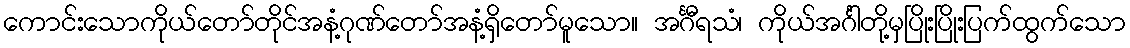
ကောင်းသောကိုယ်တော်တိုင်အနံ့ဂုဏ်တော်အနံ့ရှိတော်မူသော။ အင်္ဂီရသံ၊ ကိုယ်အင်္ဂါတို့မှပြိုးပြိုးပြက်ထွက်သော